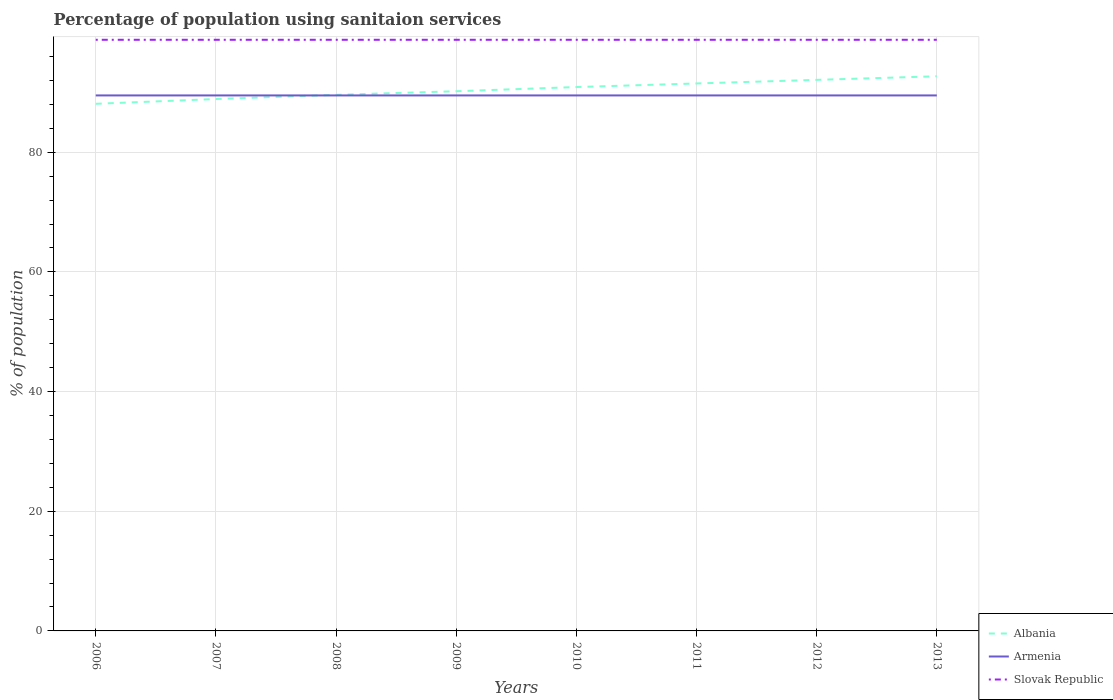
| Years | Albania | Armenia | Slovak Republic |
 | --- | --- | --- | --- |
 | 2006 | 88.1 | 89.5 | 98.8 |
 | 2007 | 88.9 | 89.5 | 98.8 |
 | 2008 | 89.6 | 89.5 | 98.8 |
 | 2009 | 90.2 | 89.5 | 98.8 |
 | 2010 | 90.9 | 89.5 | 98.8 |
 | 2011 | 91.5 | 89.5 | 98.8 |
 | 2012 | 92.1 | 89.5 | 98.8 |
 | 2013 | 92.7 | 89.5 | 98.8 |